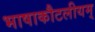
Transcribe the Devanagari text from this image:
भाषाकौटलीयम्